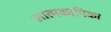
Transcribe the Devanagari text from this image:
आत्मकामिका